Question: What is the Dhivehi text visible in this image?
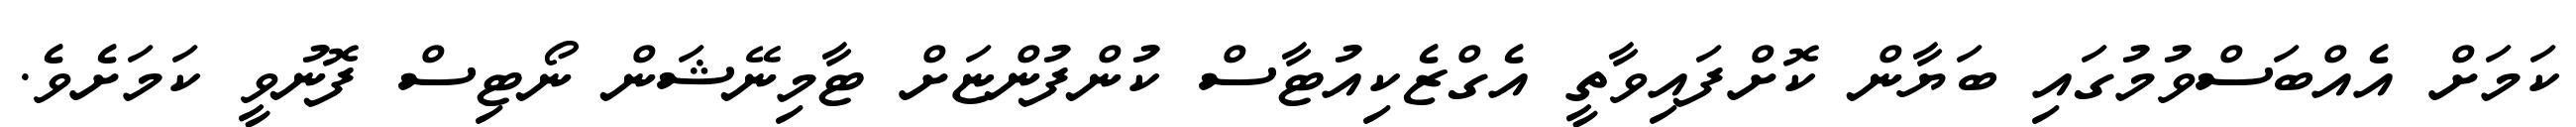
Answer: ކަމަށް އެއްބަސްވުމުގައި ބަޔާން ކޮށްފައިވާތީ އެގްޒެކިއުޓާސް ކުންފުންޏަށް ޓާމިނޭޝަން ނޯޓިސް ފޮނުވީ ކަމަށެވެ.